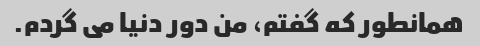
همانطور که گفتم، من دور دنیا می گردم.